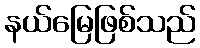
နယ်မြေဖြစ်သည်